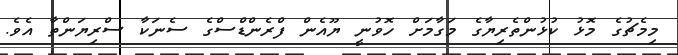
މިމެޗުގެ މޮޅު ކުޅުންތެރިޔާގެ މަގާމަށް ހޮވުނީ ޔޫއެން ފްރެންޑްސްގެ ސެނަކާ ސްރިޔަންތާ އެވެ.